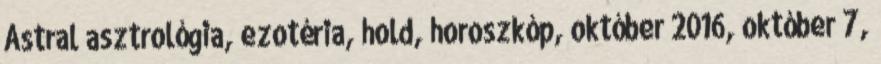
Astral asztrológia, ezotéria, hold, horoszkóp, október 2016, október 7,